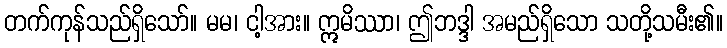
တက်ကုန်သည်ရှိသော်။ မမ၊ ငါ့အား။ ဣမိဿာ၊ ဤဘဒ္ဒါ အမည်ရှိသော သတို့သမီး၏။